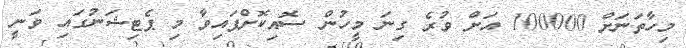
މިހާތަނަށް 100000 އަށް ވުރެ ގިނަ މީހުން ސޮއިކޮށްފައިވާ މި ޕެޓިޝަނުގައި ވަނީ